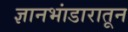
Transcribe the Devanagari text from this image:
ज्ञानभांडारातून